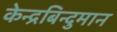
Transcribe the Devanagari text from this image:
केन्द्रबिन्दुमान